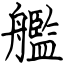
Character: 艦